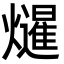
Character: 𭶤